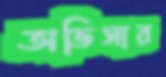
অভিসার